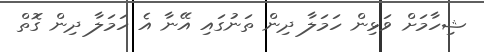
ޝިހާމަށް ވަޅިން ހަމަލާ ދިން ތަނުގައި އޭނާ އެ ހަމަލާ ދިން ގޮތް